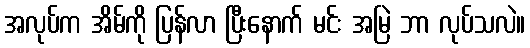
အလုပ်က အိမ်ကို ပြန်လာ ပြီးနောက် မင်း အမြဲ ဘာ လုပ်သလဲ။